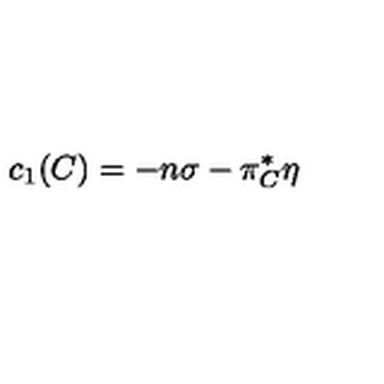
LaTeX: c _ { 1 } ( C ) = - n \sigma - \pi _ { C } ^ { * } \eta